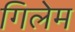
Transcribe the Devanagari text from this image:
गिलेम